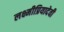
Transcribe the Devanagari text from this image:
लक्ष्मीप्रियादेवी